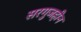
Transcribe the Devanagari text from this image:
सरगुजहीन